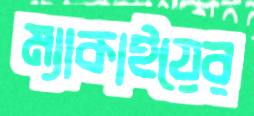
ম্যাকাইয়ের